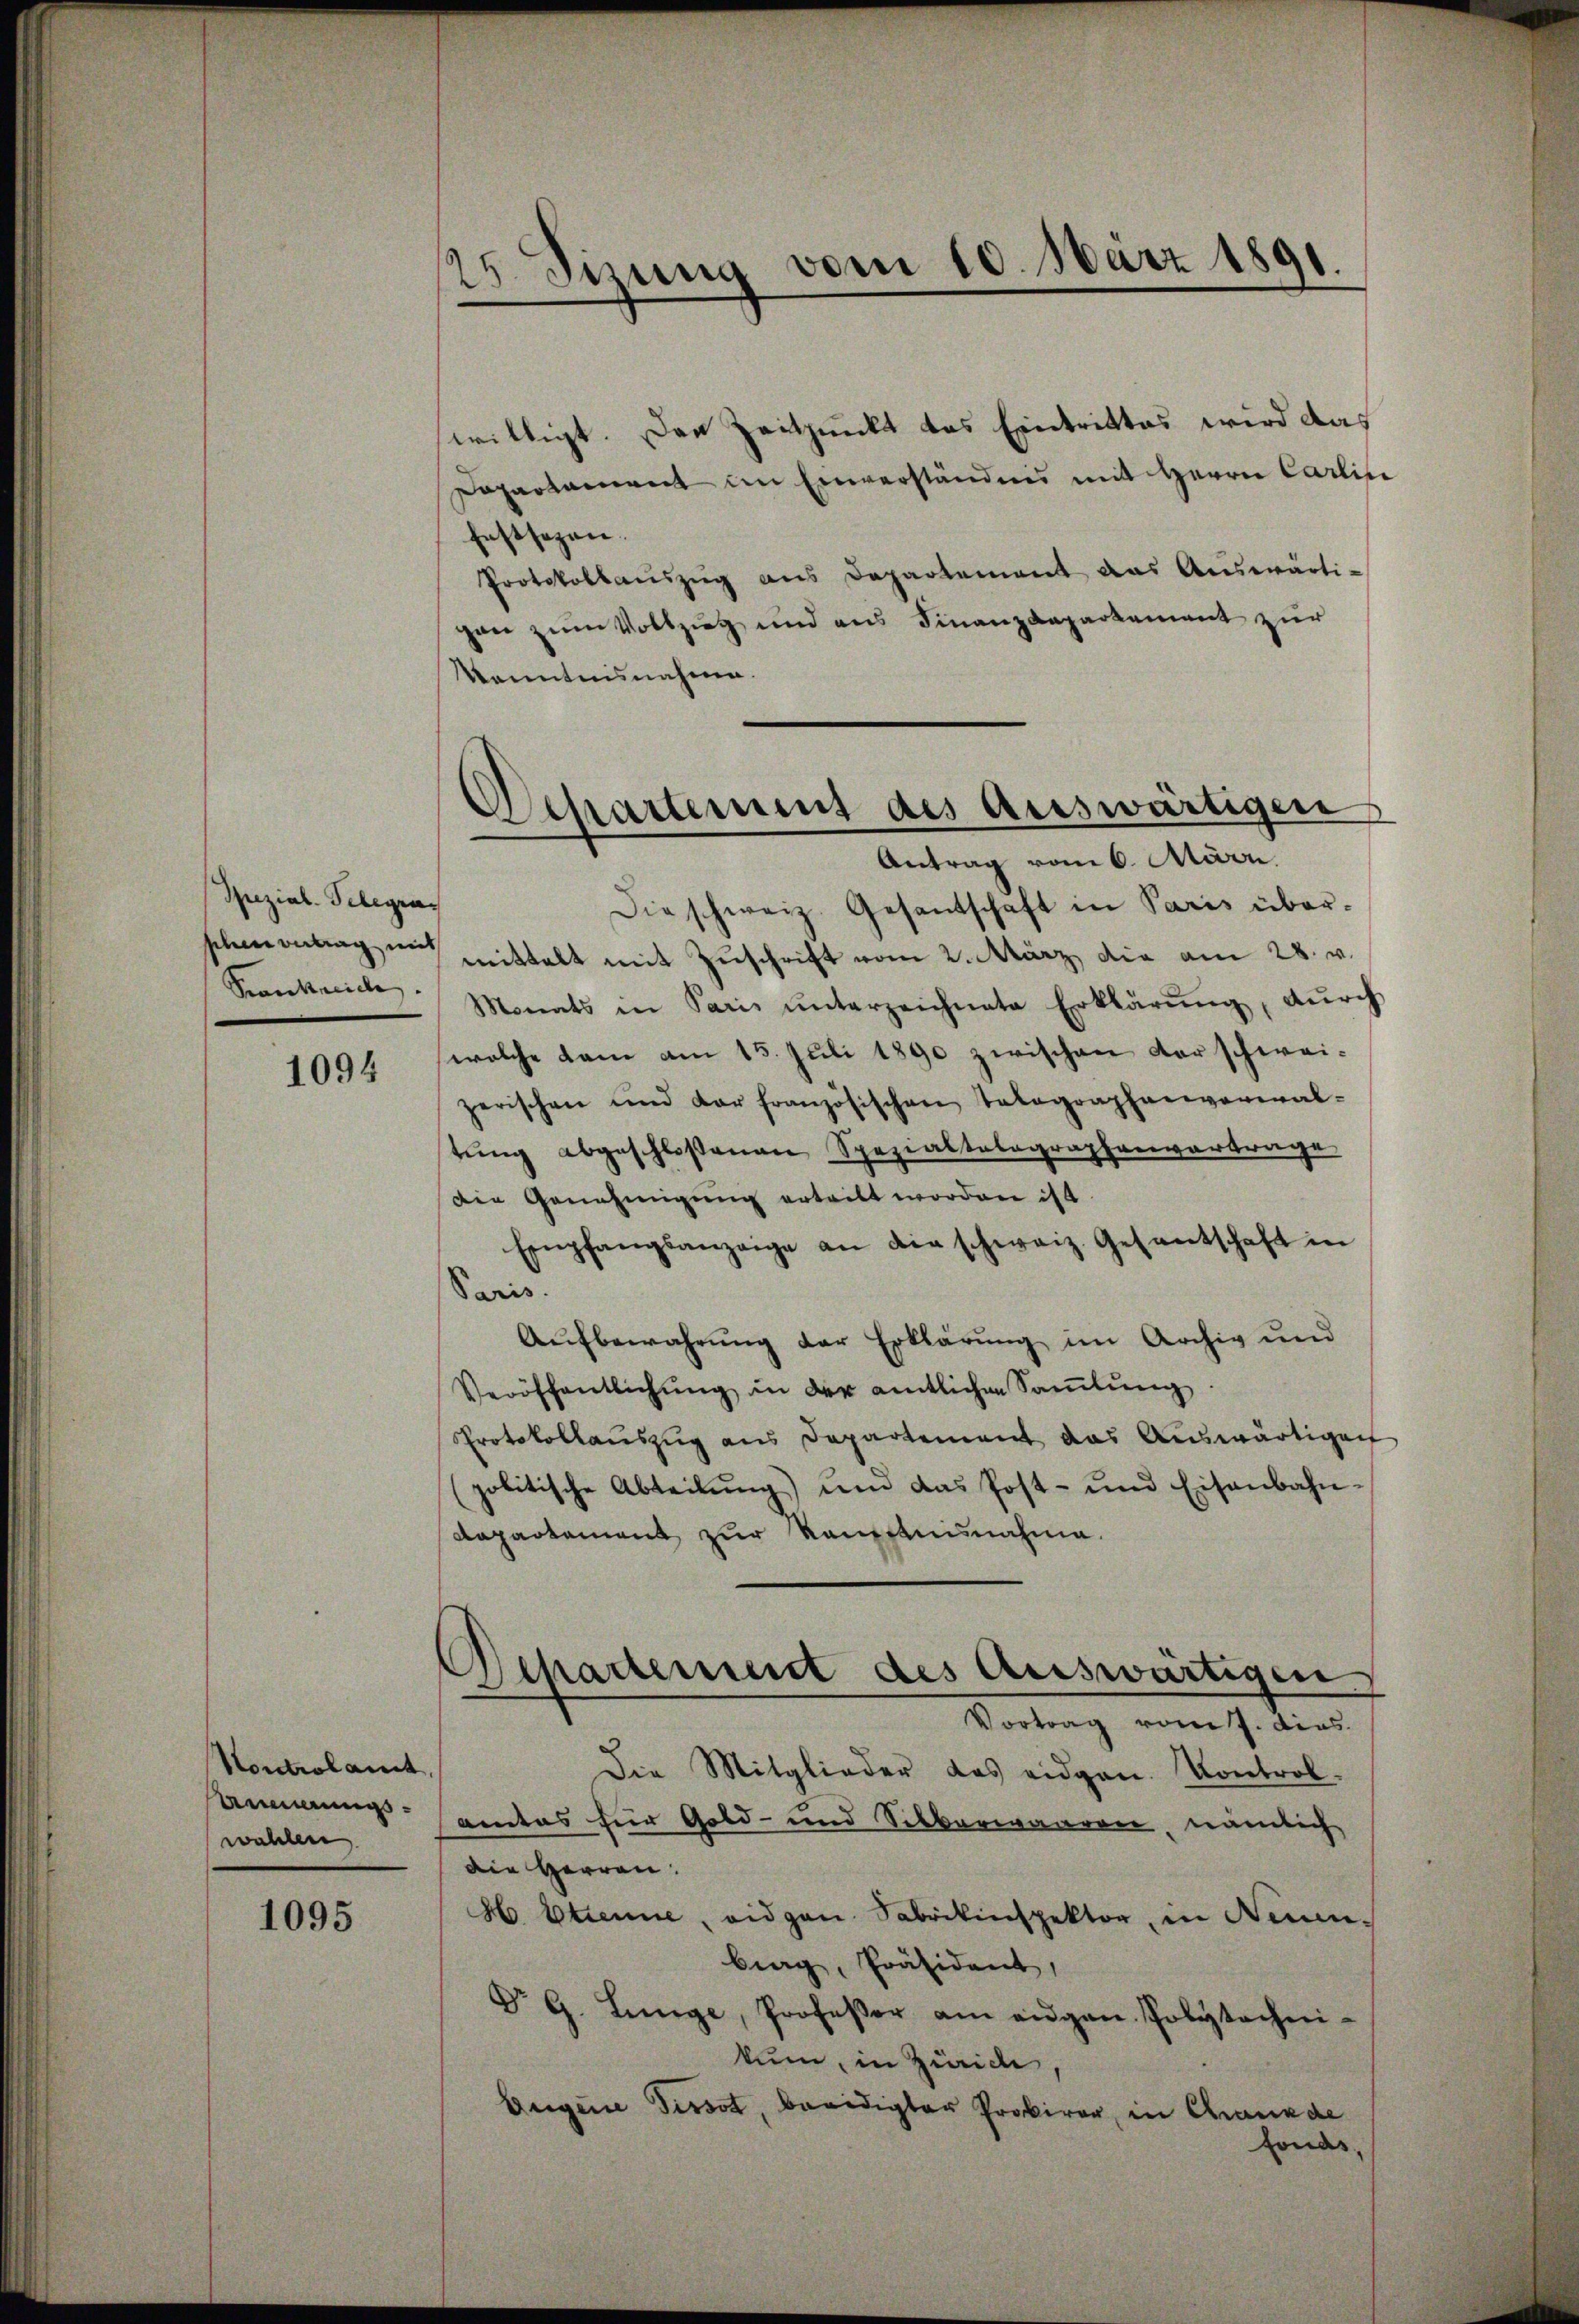
Ipezial-Telegra¬

1094

Kontrolamt
Ammungswahlen.

1095

125. Sizung vom 10. März 1891.

Departement des auswärtigen
Antrag vom 6. März.

willigt. Der Zeitpunkt das Eintrittes wird das
Dapartament im Einverständnis mit Herrn Carlie
festsezen.
Protokollaŭszŭg ans Departement das Aŭswärti-
gan zum Vollzug und aus Finanzdepartement zur
Kenntnisnahme.
Die schweiz. Gesantschaft in Paris über-
scheintrag in mittelt mit Zŭschrift vom 2. März die am 28. v.
Krankreiche Monats in Paris ŭnterzeichnete Erklärŭng, dŭrch
welche kam am 15. Juli 1890 zwischen darschweizerischen und der französischen Telegraphenvormal-
tung abgeschloßenen Spezialtalographenvortrage
Die Genehmigung erteilt worden ist.
Empfangsanzeige an die schweiz. Gesantschaft in
Sars.
Aŭfbewahrung der Erklärung im Archiv und
Veröffentlichŭng in der amtlichen Samlung
Protokollauszug aus Departement das Auswärtigen
(politische Abteilŭng) und das Post- und Eisenbahn-
departement zur Kemptnisnahme.
Departement des Auswärtigen
Vortrag vom 7. dies
Die Mitglieder das eidgen. Kontrol-
amtes für Gold- und Silberwaaren, nämlich
die Herren:
H. Etienne, eidgen. Fabrikinspektor, in Neunberg, Präsident,
Dr G. Lunge, Professor am eigen Polytechen-
kum, in Zürich
Eugene Tissot, beeidigter Prokirer, in Chande
fonds,